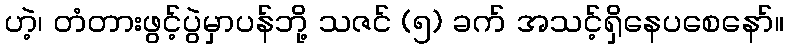
ဟဲ့၊ တံတားဖွင့်ပွဲမှာပန်ဘို့ သဇင် (၅) ခက် အသင့်ရှိနေပစေနော်။